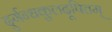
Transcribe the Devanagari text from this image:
दुर्गन्धकुलदूषितम्